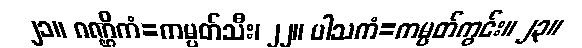
၂၁။ ဂဏ္ဌိကံ=ကမ္ပတ်သီး၊ ၂၂။ ပါသကံ=ကမ္ပတ်ကွင်း။ ၂၃။